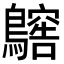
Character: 𪆥